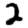
Digit: 2